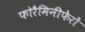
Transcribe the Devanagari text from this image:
फोरैमिनीफेरों